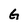
Character: G